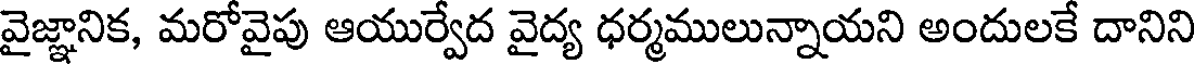
వైజ్ఞానిక, మరోవైపు ఆయుర్వేద వైద్య ధర్మములున్నాయని అందులకే దానిని